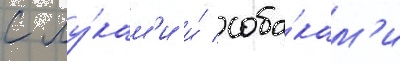
с лу́кам'и и́ соба́кам'и